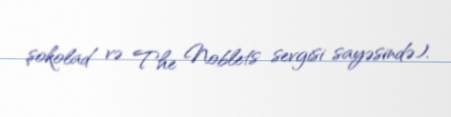
şokolad və The Noblets sevgisi sayəsində).